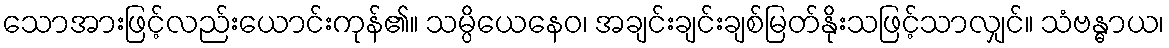
သောအားဖြင့်လည်းယောင်းကုန်၏။ သမ္ပိယေနေဝ၊ အချင်းချင်းချစ်မြတ်နိုးသဖြင့်သာလျှင်။ သံဗန္ဓာယ၊